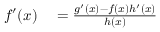
\begin{array} { r l } { f ^ { \prime } ( x ) } & { { } = { \frac { g ^ { \prime } ( x ) - f ( x ) h ^ { \prime } ( x ) } { h ( x ) } } } \end{array}